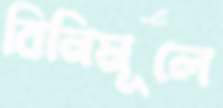
বিনিমূলে